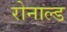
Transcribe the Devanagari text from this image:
रोनाल्‍ड